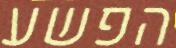
הפשע